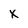
Character: X